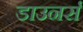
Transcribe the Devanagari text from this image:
डाउनर्स